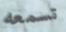
تسمعه